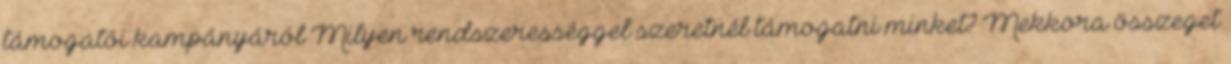
támogatói kampányáról Milyen rendszerességgel szeretnél támogatni minket? Mekkora összeget